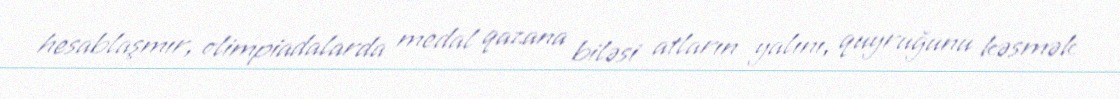
hesablaşmır, olimpiadalarda medal qazana biləsi atların yalını, quyruğunu kəsmək